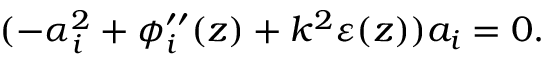
( - \alpha _ { i } ^ { 2 } + \phi _ { i } ^ { \prime \prime } ( z ) + k ^ { 2 } \varepsilon ( z ) ) a _ { i } = 0 .